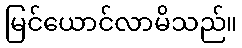
မြင်ယောင်လာမိသည်။